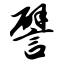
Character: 譬